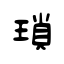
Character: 瑣